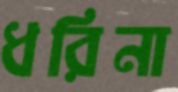
ধরিনা